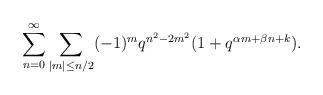
LaTeX: \begin{align*}\sum_{n=0}^\infty \sum_{|m|\leq n/2}(-1)^mq^{n^2-2m^2}(1+q^{\alpha m +\beta n + k}).\end{align*}